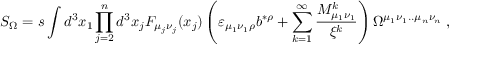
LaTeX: { \cal S } _ { \Omega } = s \int d ^ { 3 } x _ { 1 } \prod _ { j = 2 } ^ { n } d ^ { 3 } x _ { j } F _ { \mu _ { j } \nu _ { j } } ( x _ { j } ) \left( \varepsilon _ { \mu _ { 1 } \nu _ { 1 } \rho } b ^ { * \rho } + \sum _ { k = 1 } ^ { \infty } \frac { { \cal M } _ { \mu _ { 1 } \nu _ { 1 } } ^ { k } } { \xi ^ { k } } \right) \Omega ^ { \mu _ { 1 } \nu _ { 1 } . . \mu _ { n } \nu _ { n } } \; ,